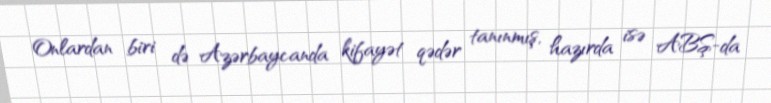
Onlardan biri də Azərbaycanda kifayət qədər tanınmış, hazırda isə ABŞ-da